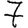
Digit: 7